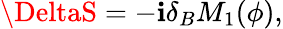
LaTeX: \DeltaS=-\mathbf{i}\delta_{B}M_{1}(\phi),